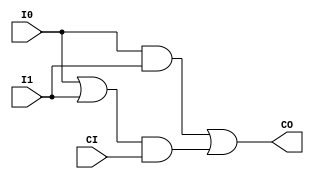
module SB_CARRY (output CO, input I0, I1, CI);
	assign CO = (I0 && I1) || ((I0 || I1) && CI);
endmodule